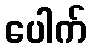
ပေါက်